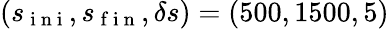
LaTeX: (s_{\mathrm{~i~n~i~}},s_{\mathrm{~f~i~n~}},\delta s)=(500,1500,5)